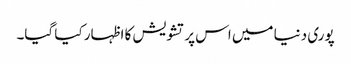
پوری دنیا میں اس پر تشویش کا ا ظہار کیا گیا۔